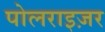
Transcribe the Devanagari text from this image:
पोलराइज़र